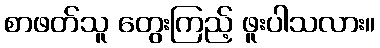
စာဖတ်သူ တွေးကြည့် ဖူးပါသလား။